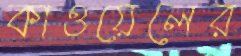
কাওয়েলের